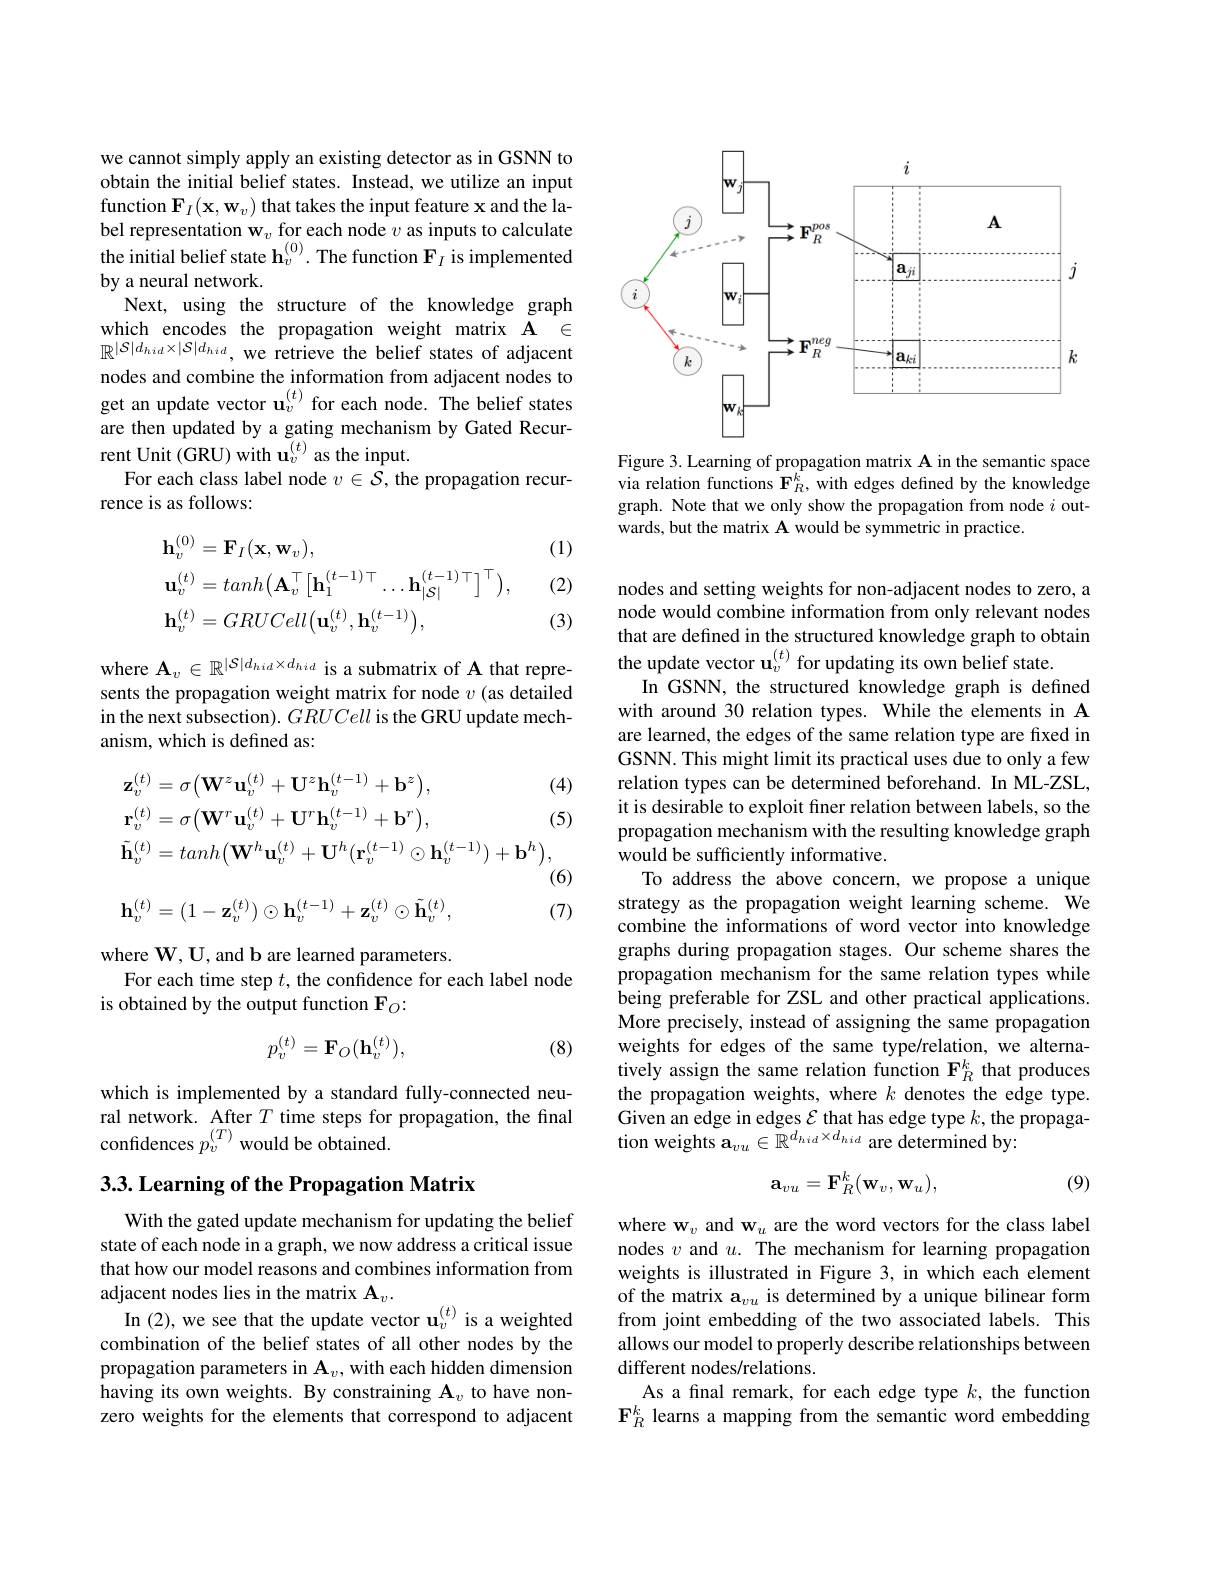
we cannot simply apply an existing detector as in GSNN to obtain the initial belief states. Instead, we utilize an input function $\mathbf{F}_I(\mathbf{x},\mathbf{w}_v)$ that takes the input feature x and the label representation $\mathbf{w}_v$ for each node $v$ as inputs to calculate the initial belief state $\mathbf{h}_v^{(0)}.$ The function $\mathbf{F}_I$ is implemented by a neural network.
Next, using the structure of the knowledge graph which encodes the propagation weight matrix A $\in$ $\mathbb{R}^{|\mathcal{S}|d_{hid}\times|\mathcal{S}|d_{hid},\text{we retrieve the belief states of adjacent}}$ nodes and combine the information from adjacent nodes to get an update vector $\mathbf{u}_v^{(t)}$for each node. The belief states are then updated by a gating mechanism by Gated Recurrent Unit (GRU) with $\mathbf{u}_v^{(t)}$ as the input.
For each class label node $v\in\mathcal{S}$, the propagation recur-
rence is as follows:

(1)

(2)
$$\begin{aligned}&\mathbf{h}_{v}^{(0)}=\mathbf{F}_{I}(\mathbf{x},\mathbf{w}_{v}),\\&\mathbf{u}_{v}^{(t)}=tanh\big(\mathbf{A}_{v}^{\top}\big[\mathbf{h}_{1}^{(t-1)\top}\ldots\mathbf{h}_{|\mathcal{S}|}^{(t-1)\top}\big]^{\top}\big),\\&\mathbf{h}_{v}^{(t)}=GRUCell\big(\mathbf{u}_{v}^{(t)},\mathbf{h}_{v}^{(t-1)}\big),\end{aligned}$$
(3)

where $\mathbf{A}_v\in\mathbb{R}^{|\mathcal{S}|d_{hid}\times d_{hid}}$ is a submatrix of A that represents the propagation weight matrix for node $v$ (as detailed in the next subsection). GRUCell is the GRU update mechanism, which is defined as:
$$\begin{aligned}&\mathbf{z}_{v}^{(t)}=\sigma\big(\mathbf{W}^{z}\mathbf{u}_{v}^{(t)}+\mathbf{U}^{z}\mathbf{h}_{v}^{(t-1)}+\mathbf{b}^{z}\big),&\text{(}\\&\mathbf{r}_{v}^{(t)}=\sigma\big(\mathbf{W}^{r}\mathbf{u}_{v}^{(t)}+\mathbf{U}^{r}\mathbf{h}_{v}^{(t-1)}+\mathbf{b}^{r}\big),&\text{(}\\&\tilde{\mathbf{h}}_{v}^{(t)}=tanh\big(\mathbf{W}^{h}\mathbf{u}_{v}^{(t)}+\mathbf{U}^{h}\big(\mathbf{r}_{v}^{(t-1)}\odot\mathbf{h}_{v}^{(t-1)}\big)+\mathbf{b}^{h}\big),\\&\mathbf{h}_{v}^{(t)}=(1-\mathbf{z}_{v}^{(t)})\odot\mathbf{h}_{v}^{(t-1)}+\mathbf{z}_{v}^{(t)}\odot\tilde{\mathbf{h}}_{v}^{(t)},&\text{(}\end{aligned}$$
(5)

where $\mathbf{W},\mathbf{U}$, and b are learned parameters.
For each time step $t$, the confidence for each label node
is obtained by the output function Fo:
$$p_v^{(t)}=\mathbf{F}_O(\mathbf{h}_v^{(t)}),$$
(8)

which is implemented by a standard fully-connected neural network. After $T$ time steps for propagation, the final confidences $p_v^{(T)}$ would be obtained.

## 3.3. Learning of the Propagation Matrix

With the gated update mechanism for updating the belief state of each node in a graph, we now address a critical issue that how our model reasons and combines information from adjacent nodes lies in the matrix $\mathbf{A}_v.$
In (2),we see that the update vector $\mathbf{u}_{v}^{(t)}$ is a weighted combination of the belief states of all other nodes by the propagation parameters in $\mathbf{A}_v$, with each hidden dimension having its own weights. By constraining $\mathbf{A}_v$ to have nonzero weights for the elements that correspond to adjacent

<FigureHere>

Figure 3. Learning of propagation matrix A in the semantic space via relation functions $\mathbf{F}_R^k$, with edges defined by the knowledge graph. Note that we only show the propagation from node $i$ outwards, but the matrix A would be symmetric in practice.

nodes and setting weights for non-adjacent nodes to zero, a node would combine information from only relevant nodes that are defined in the structured knowledge graph to obtain the update vector $\mathbf{u}_v^{(t)}$ for updating its own belief state.
In GSNN, the structured knowledge graph is defined with around 30 relation types. While the elements in A are learned, the edges of the same relation type are fixed in GSNN. This might limit its practical uses due to only a few relation types can be determined beforehand. In ML-ZSL, it is desirable to exploit fner relation between labels, so the propagation mechanism with the resulting knowledge graph would be sufficiently informative.
To address the above concern, we propose a unique strategy as the propagation weight learning scheme. We combine the informations of word vector into knowledge graphs during propagation stages. Our scheme shares the propagation mechanism for the same relation types while being preferable for ZSL and other practical applications. More precisely, instead of assigning the same propagation weights for edges of the same type/relation, we alternatively assign the same relation function $\mathbf{F}_R^k$ that produces the propagation weights, where $k$ denotes the edge type. Given an edge in edges $\mathcal{E}$ that has edge type $k$,the propagation weights a$_vu\in\mathbb{R}^{d_{hid}\times d_{hid}}$ are determined by:
$$\mathbf{a}_{vu}=\mathbf{F}_{R}^{k}(\mathbf{w}_{v},\mathbf{w}_{u}),$$
(9)

where w$_v$ and w$_u$ are the word vectors for the class label nodes $v$ and $u.$ The mechanism for learning propagation weights is illustrated in Figure 3, in which each element of the matrix a$_{vu}$ is determined by a unique bilinear form from joint embedding of the two associated labels. This allows our model to properly describe relationships between different nodes/relations.
As a final remark, for each edge type $k$, the function $\mathbf{F}_R^k$ learns a mapping from the semantic word embedding